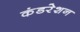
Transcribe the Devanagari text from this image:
कंडरेशन